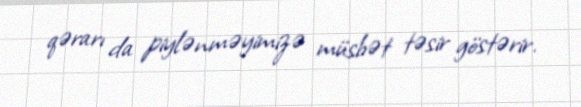
qərarı da piylənməyimizə müsbət təsir göstərir.